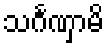
သင်္ဂဏှာမိ